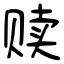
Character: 赎